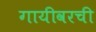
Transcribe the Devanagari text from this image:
गायीवरची